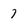
Character: 7